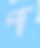
প